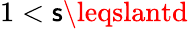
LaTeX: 1<\mathsf{s}\leqslantd